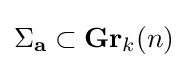
\Sigma _{\mathbf {a} }\subset \mathbf {Gr} _{k}(n)